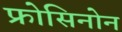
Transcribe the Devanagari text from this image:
फ्रोसिनोन